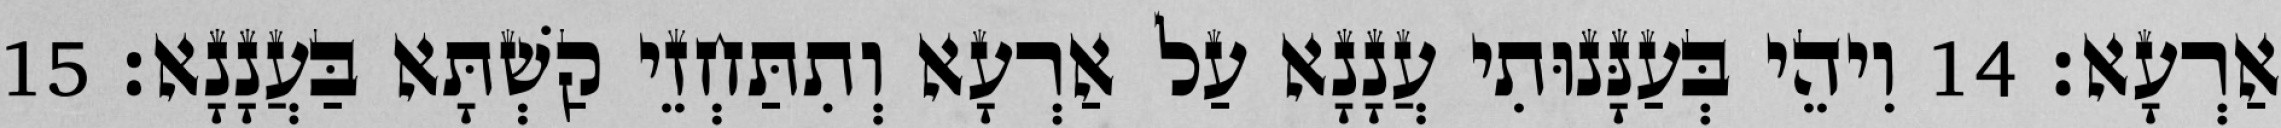
אַרְעָא׃ 14 וִיהֵי בְּעַנָּנוּתִי עֲנָנָא עַל אַרְעָא וְתִתַּחְזֵי קַשְׁתָּא בַּעֲנָנָא׃ 15